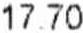
17.70